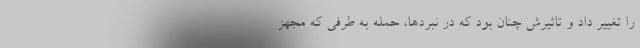
را تغییر داد و تاثیرش چنان بود که در نبردها، حمله به طرفی که مجهز